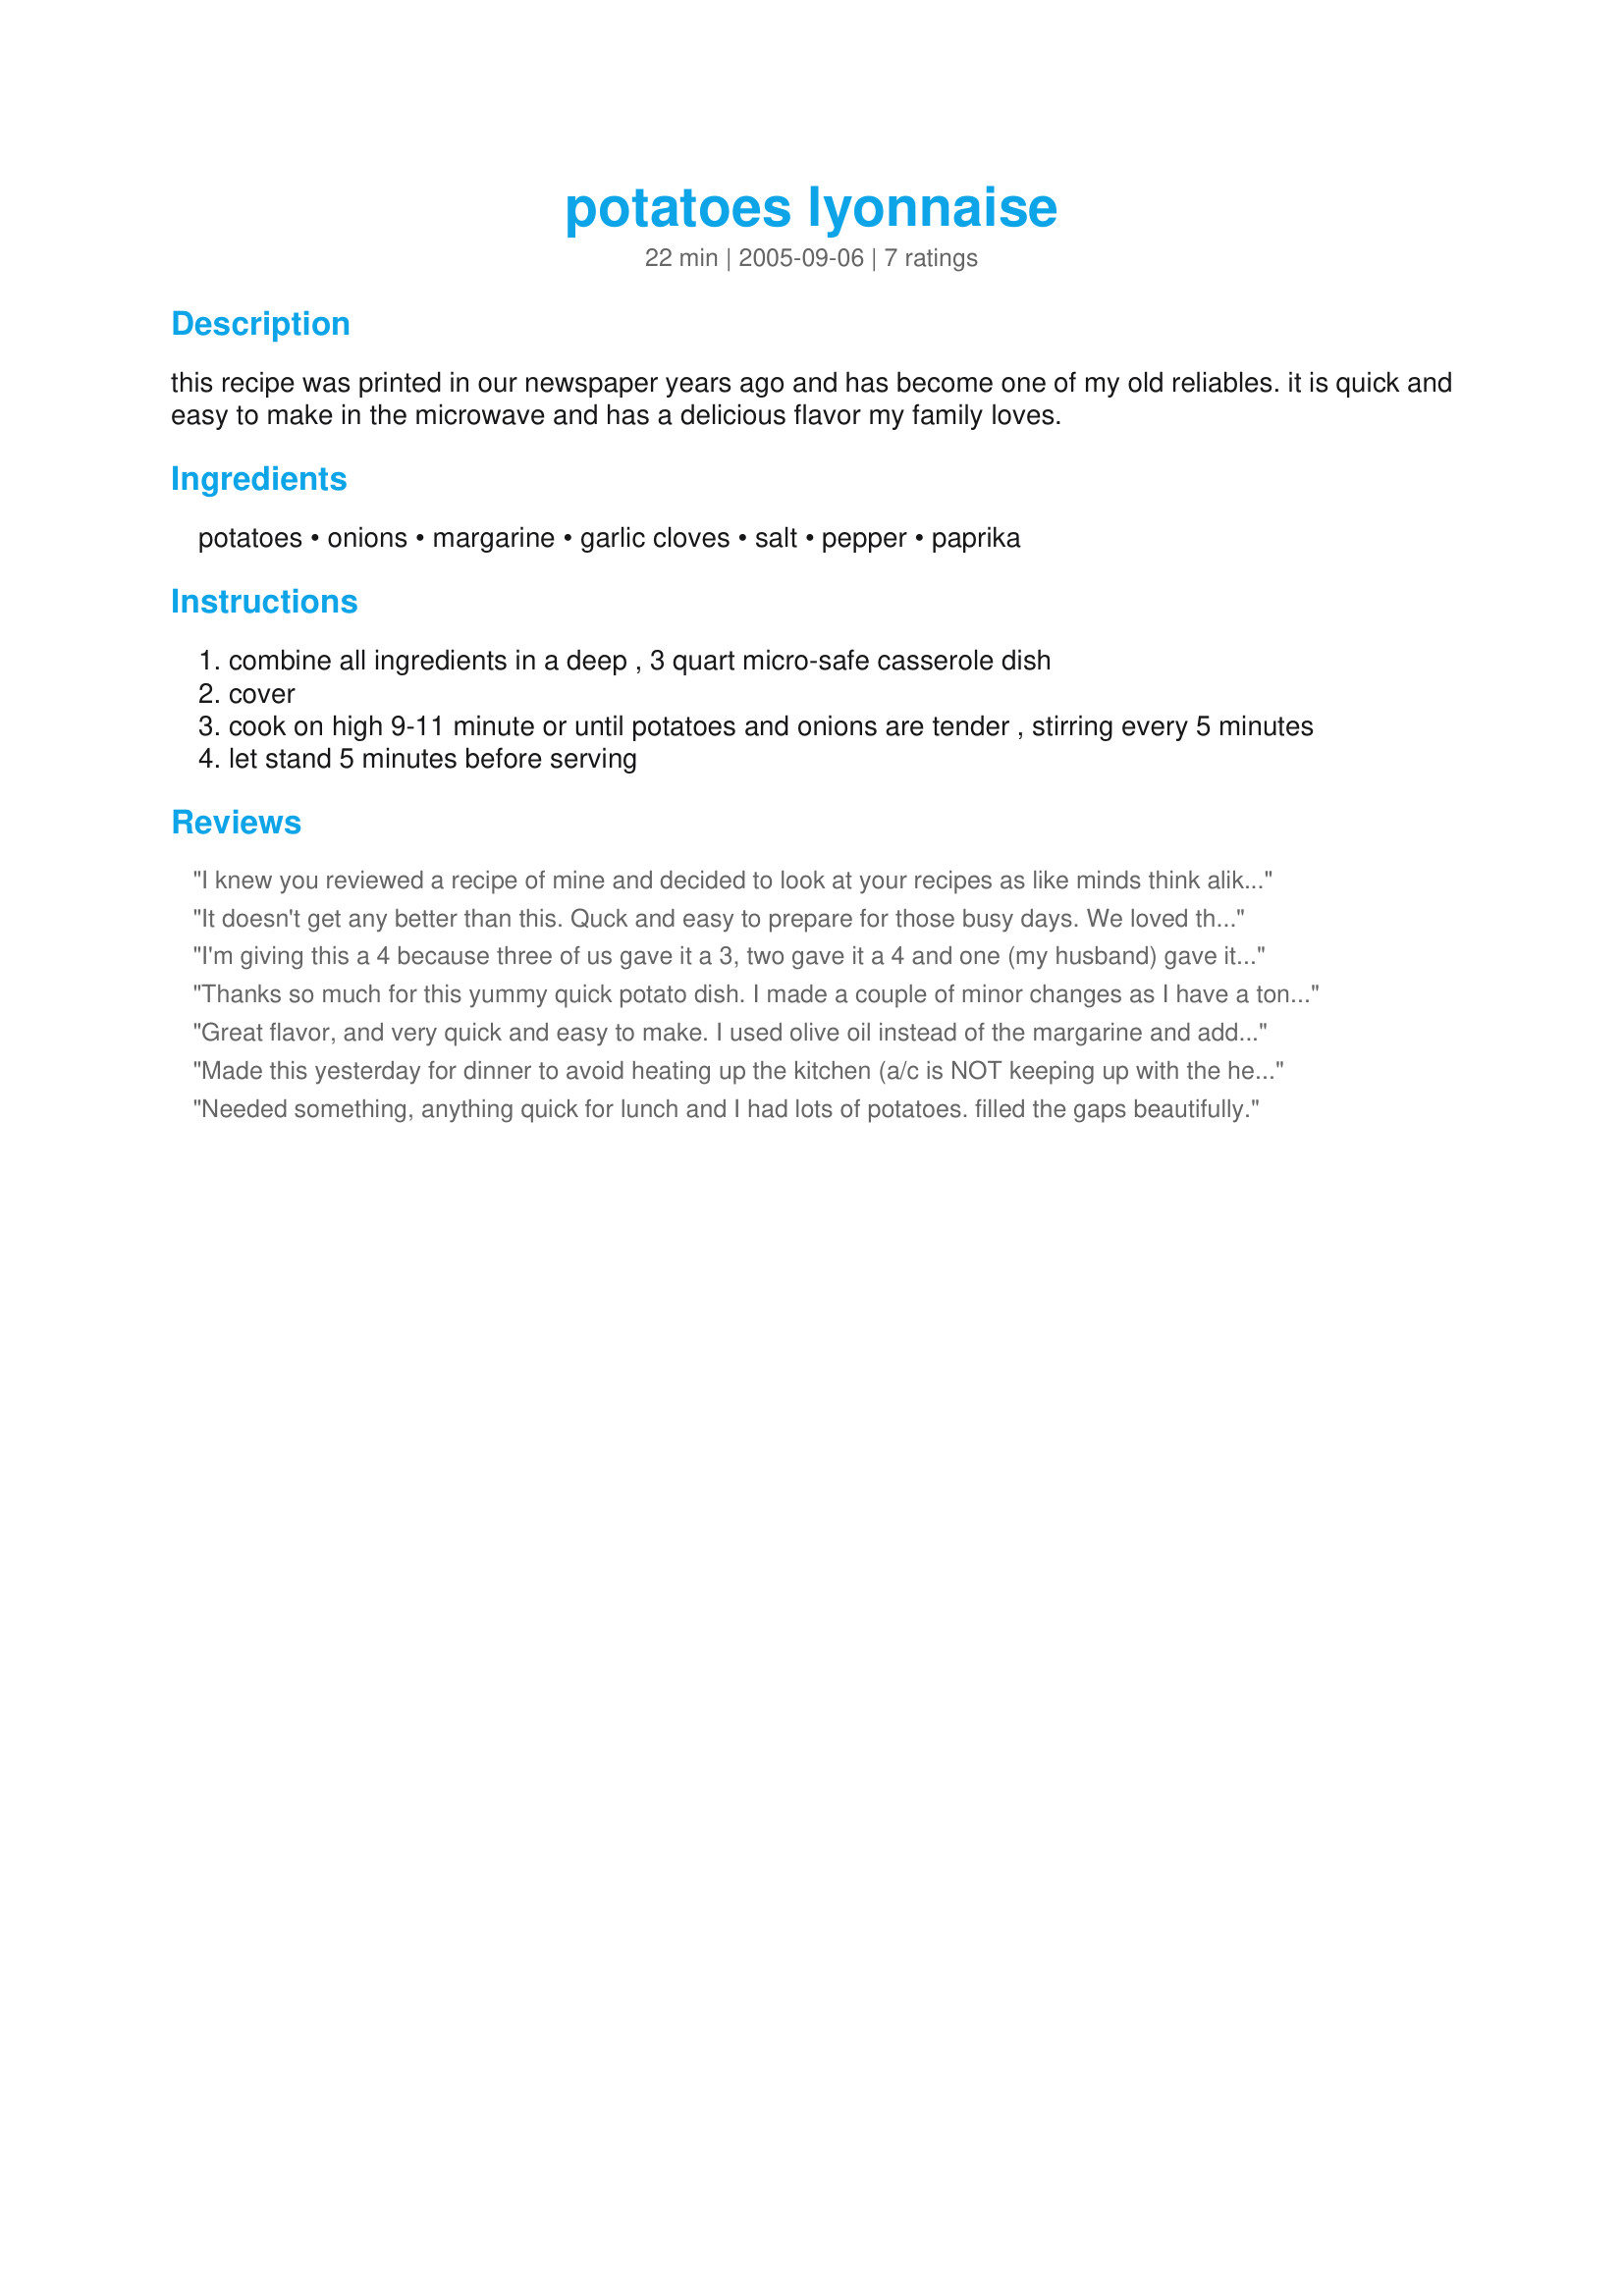
potatoes lyonnaise
Preparation time: 22 minutes

this recipe was printed in our newspaper years ago and has become one of my old reliables. it is quick and easy to make in the microwave and has a delicious flavor my family loves.

Ingredients:
potatoes, onions, margarine, garlic cloves, salt, pepper, paprika

Steps:
combine all ingredients in a deep , 3 quart micro-safe casserole dish
cover
cook on high 9-11 minute or until potatoes and onions are tender , stirring every 5 minutes
let stand 5 minutes before serving

Reviews:
I knew you reviewed a recipe of mine and decided to look at your recipes as like minds think alike- and decided to try this. Very good. used 1 small onion and garlic powder as substitutes. thanks for a quick side dish which is sometimes is harder for me to plan than the main dish/meat.!
It doesn't get any better than this. Quck and easy to prepare for those busy days. We loved these potatoes and I'm putting them in my "keeper" notebook. Thanks so much for sharing, Lovetacook.

I'm giving this a 4 because three of us gave it a 3, two gave it a 4 and one (my husband) gave it a 6!! I personally thought the onion flavor permeated the potatoes and overpowered them. I thought this may have been due to them being covered during cooking. I reheated these (uncovered) for my husband when he came home from work and he loved them. I tasted them and they did indeed taste better! They were a little dryer and the onion flavor was not as intense. So...I think I will be making these again and taking the cover off the casserole dish for the last half of cooking. Thanks for sharing!
Thanks so much for this yummy quick potato dish. I made a couple of minor changes as I have a ton of red potatoes to use up so just quartered them and left skins on. I also only used one small onion and probably used a bit more garlic than called for cause we do love our garlic in this family. It was quick, easy and best of all we got potatoes without heating up the kitchen. It's definately a keeper and have shared it with friends already.
Great flavor, and very quick and easy to make. I used olive oil instead of the margarine and added some parsley, basil, and oregano. Thanks!
Made this yesterday for dinner to avoid heating up the kitchen (a/c is NOT keeping up with the heat wave) and it was really good. I used a medium Vidalia onion, and did sub olive oil for the margarine. I also added some Italian seasoning as I like my potatoes a little more intensely flavored. Made with mixed baby potatoes cut into quarters. Will make again. Thanks for sharing the recipe.
Needed something, anything quick for lunch and I had lots of potatoes. filled the gaps beautifully.
